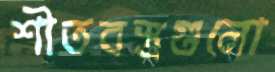
শীতবস্ত্রগুলো